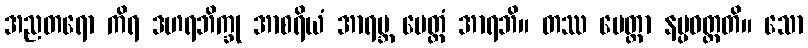
အညတရော ကိရ ဒဟရဘိက္ခု အာစရိယံ အာရဗ္ဘ မေတ္တံ အာရဘိ။ တဿ မေတ္တာ နပ္ပဝတ္တတိ။ သော